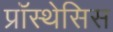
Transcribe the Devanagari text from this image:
प्रॉस्थेसिस